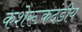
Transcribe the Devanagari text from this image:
कशेरूकदंडीय